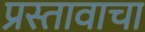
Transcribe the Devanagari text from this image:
प्रस्तावाचा